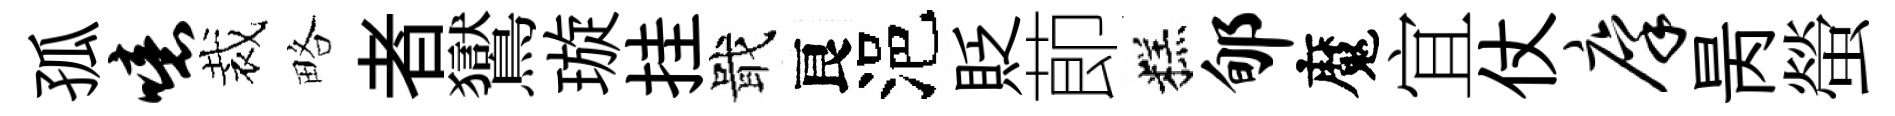
孤噫裁略者鸑璇挂戢良浥貶莭糕郇魔宜仗廪昺螢